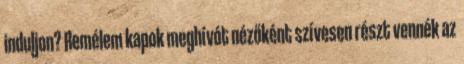
induljon? Remélem kapok meghívót nézőként szívesen részt vennék az